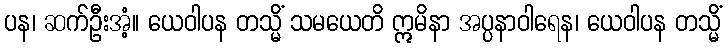
ပန၊ ဆက်ဦးအံ့။ ယေဝါပန တသ္မိံ သမယေတိ ဣမိနာ အပ္ပနာဝါရေန၊ ယေဝါပန တသ္မိံ